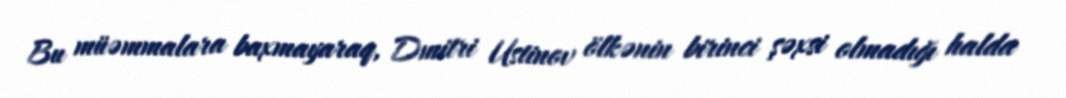
Bu müəmmalara baxmayaraq, Dmitri Ustinov ölkənin birinci şəxsi olmadığı halda